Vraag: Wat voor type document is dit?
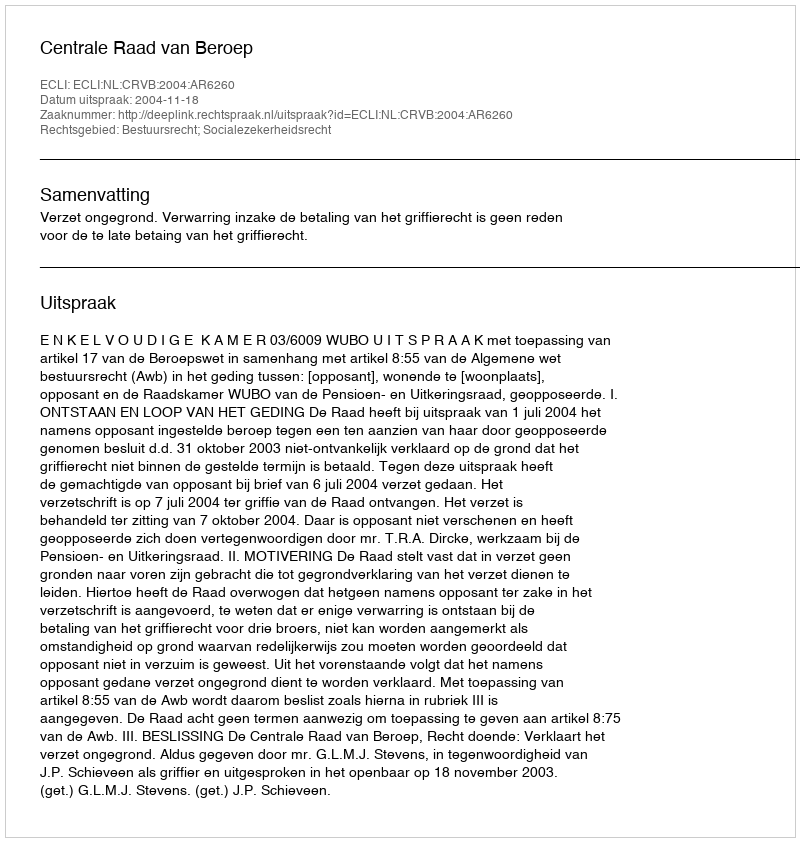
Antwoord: Uitspraak